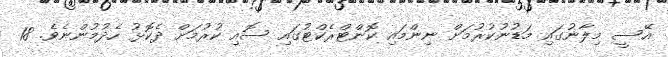
އޭސީ މިލާނުގައި މަޑުނުކުރުމަށް ނިންމައި ކޮންޓްރެކްޓުގައި ސޮއި ކުރުމަށް ދެކޮޅު ހެދުމުންނެވެ. 18